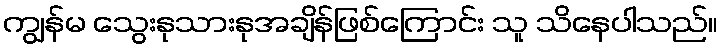
ကျွန်မ သွေးနုသားနုအချိန်ဖြစ်ကြောင်း သူ သိနေပါသည်။